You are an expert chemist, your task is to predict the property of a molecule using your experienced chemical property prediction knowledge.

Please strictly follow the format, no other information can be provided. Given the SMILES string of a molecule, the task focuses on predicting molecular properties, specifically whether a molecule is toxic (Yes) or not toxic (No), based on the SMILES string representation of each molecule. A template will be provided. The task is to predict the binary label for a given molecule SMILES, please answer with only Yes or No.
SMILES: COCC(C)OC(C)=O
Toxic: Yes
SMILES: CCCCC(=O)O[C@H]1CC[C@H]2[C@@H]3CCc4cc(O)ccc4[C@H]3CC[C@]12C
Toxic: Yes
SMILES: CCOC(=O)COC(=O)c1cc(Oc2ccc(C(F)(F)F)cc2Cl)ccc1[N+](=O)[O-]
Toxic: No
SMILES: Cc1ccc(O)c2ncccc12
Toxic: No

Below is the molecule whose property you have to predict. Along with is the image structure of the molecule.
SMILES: CC(C)(C)OC(=O)c1ccc(O)cc1
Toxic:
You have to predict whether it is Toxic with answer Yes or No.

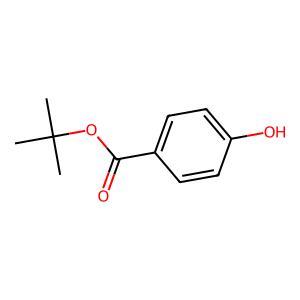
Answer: No